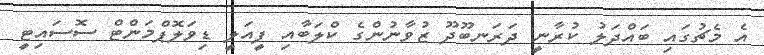
އެ މެޗުގައި ބައްދަލު ކުރާނީ ދަރަނބޫދޫ ޒުވާނުންގެ ކްލަބާއި ފީއަލީ ޑިވަލޮޕްމަންޓް ސޮސައިޓީ